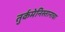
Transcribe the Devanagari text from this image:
तुर्कमेनिस्तानाचा